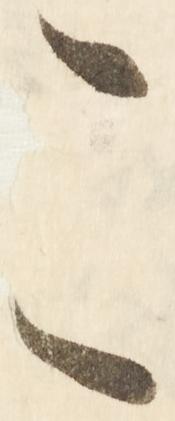
こ